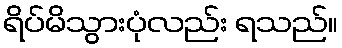
ရိပ်မိသွားပုံလည်း ရသည်။